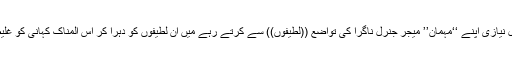
اس اثناء میں جنرل نیازی اپنے ‘‘مہمان’’ میجر جنرل ناگرا کی تواضع ((لطیفوں)) سے کرتے رہے میں ان لطیفوں کو دہرا کر اس المناک کہانی کو غلیظ نہیں کرنا چاہتا۔